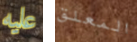
عليه المعلق